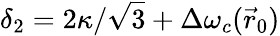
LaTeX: \delta_{2}=2\kappa/\sqrt 3+\Delta\omega_{c}(\vec{r}_{0})